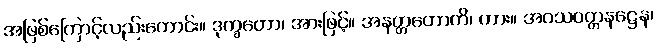
အဖြစ်ကြောင့်လည်းကောင်း။ ဒုက္ခတော၊ အားဖြင့်။ အနတ္တတောတိ၊ ကား။ အဝသဝတ္တနဋ္ဌေန၊